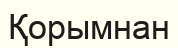
Қорымнан